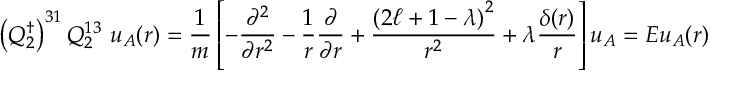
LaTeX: \left( Q _ { 2 } ^ { \dagger } \right) ^ { 3 1 } Q _ { 2 } ^ { 1 3 } \ u _ { A } ( { r } ) = { \frac { 1 } { m } } \left[ - { \frac { \partial ^ { 2 } } { \partial r ^ { 2 } } } - { \frac { 1 } { r } } { \frac { \partial } { \partial r } } + { \frac { \left( 2 \ell + 1 - \lambda \right) ^ { 2 } } { r ^ { 2 } } } + \lambda { \frac { \delta ( r ) } { r } } \right] u _ { A } = E u _ { A } ( { r } )